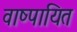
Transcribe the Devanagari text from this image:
वाष्पायित